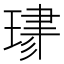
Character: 𤦯